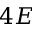
4 E